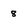
Character: 8